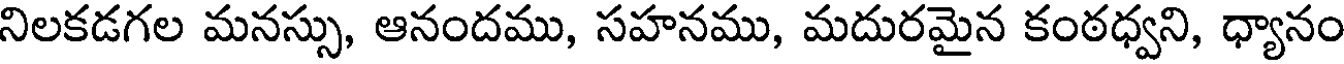
నిలకడగల మనస్సు, ఆనందము, సహనము, మదురమైన కంఠధ్వని, ధ్యానం